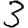
Digit: 3